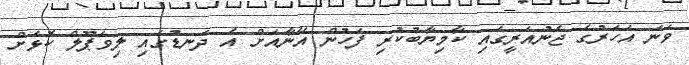
ވަނަ އަހަރުގެ ޖެނުއަރީގައި ކާމިޔާބުކުރި ފަހުން އޭނާއަށް އެ ދަނޑުގައި ލިވަޕޫލް ކޮޅަށް